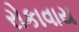
રોકાવાય